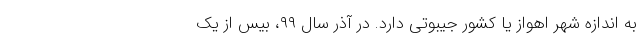
به اندازه شهر اهواز یا کشور جیبوتی دارد. در آذر سال ۹۹، بیس از یک